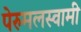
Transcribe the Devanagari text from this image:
पेरुमलस्वामी